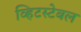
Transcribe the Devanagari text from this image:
व्हिटस्टेबल